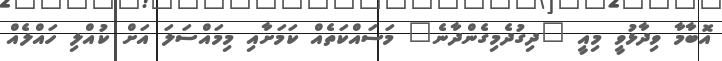
އޮބާމާ ވިދާޅުވީ މިއީ "ދިގުދެމިގެންދާނެ" މަސައްކަތެއް ކަމަށާއި މިމައްސަލަ އަށް ކުއްލި ހައްލެއް